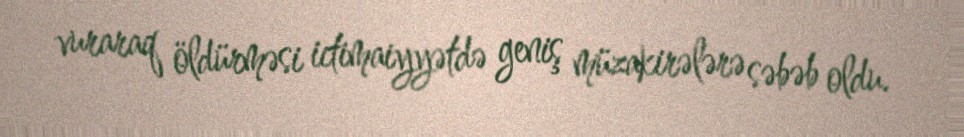
vuraraq öldürməsi ictimaiyyətdə geniş müzakirələrə səbəb oldu.